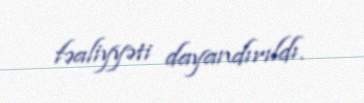
fəaliyyəti dayandırıldı.